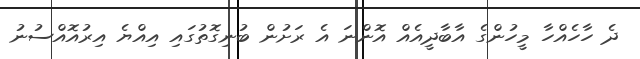
ދެ ހާހެއްހާ މީހުންގެ އާބާދީއެއް އޮންނަ އެ ރަށުން ބުނިގޮތުގައި އިއްޔެ އިރުއޮއްސުނު